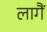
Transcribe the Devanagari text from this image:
लागैं